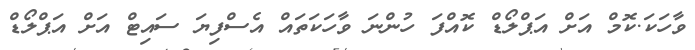
ވާހަކަ.ކޮމް އަށް އަޕްލޯޑް ކޮއްފަ ހުންނަ ވާހަކަތައް އެސްފިޔަ ސައިޓް އަށް އަޕްލޯޑް